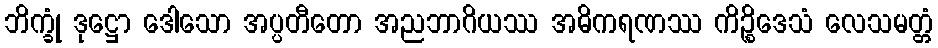
ဘိက္ခုံ ဒုဋ္ဌော ဒေါသော အပ္ပတီတော အညဘာဂိယဿ အဓိကရဏဿ ကိဉ္စိဒေသံ လေသမတ္တံ